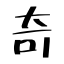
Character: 奇